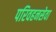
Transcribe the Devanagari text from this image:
परिवहनसेवा